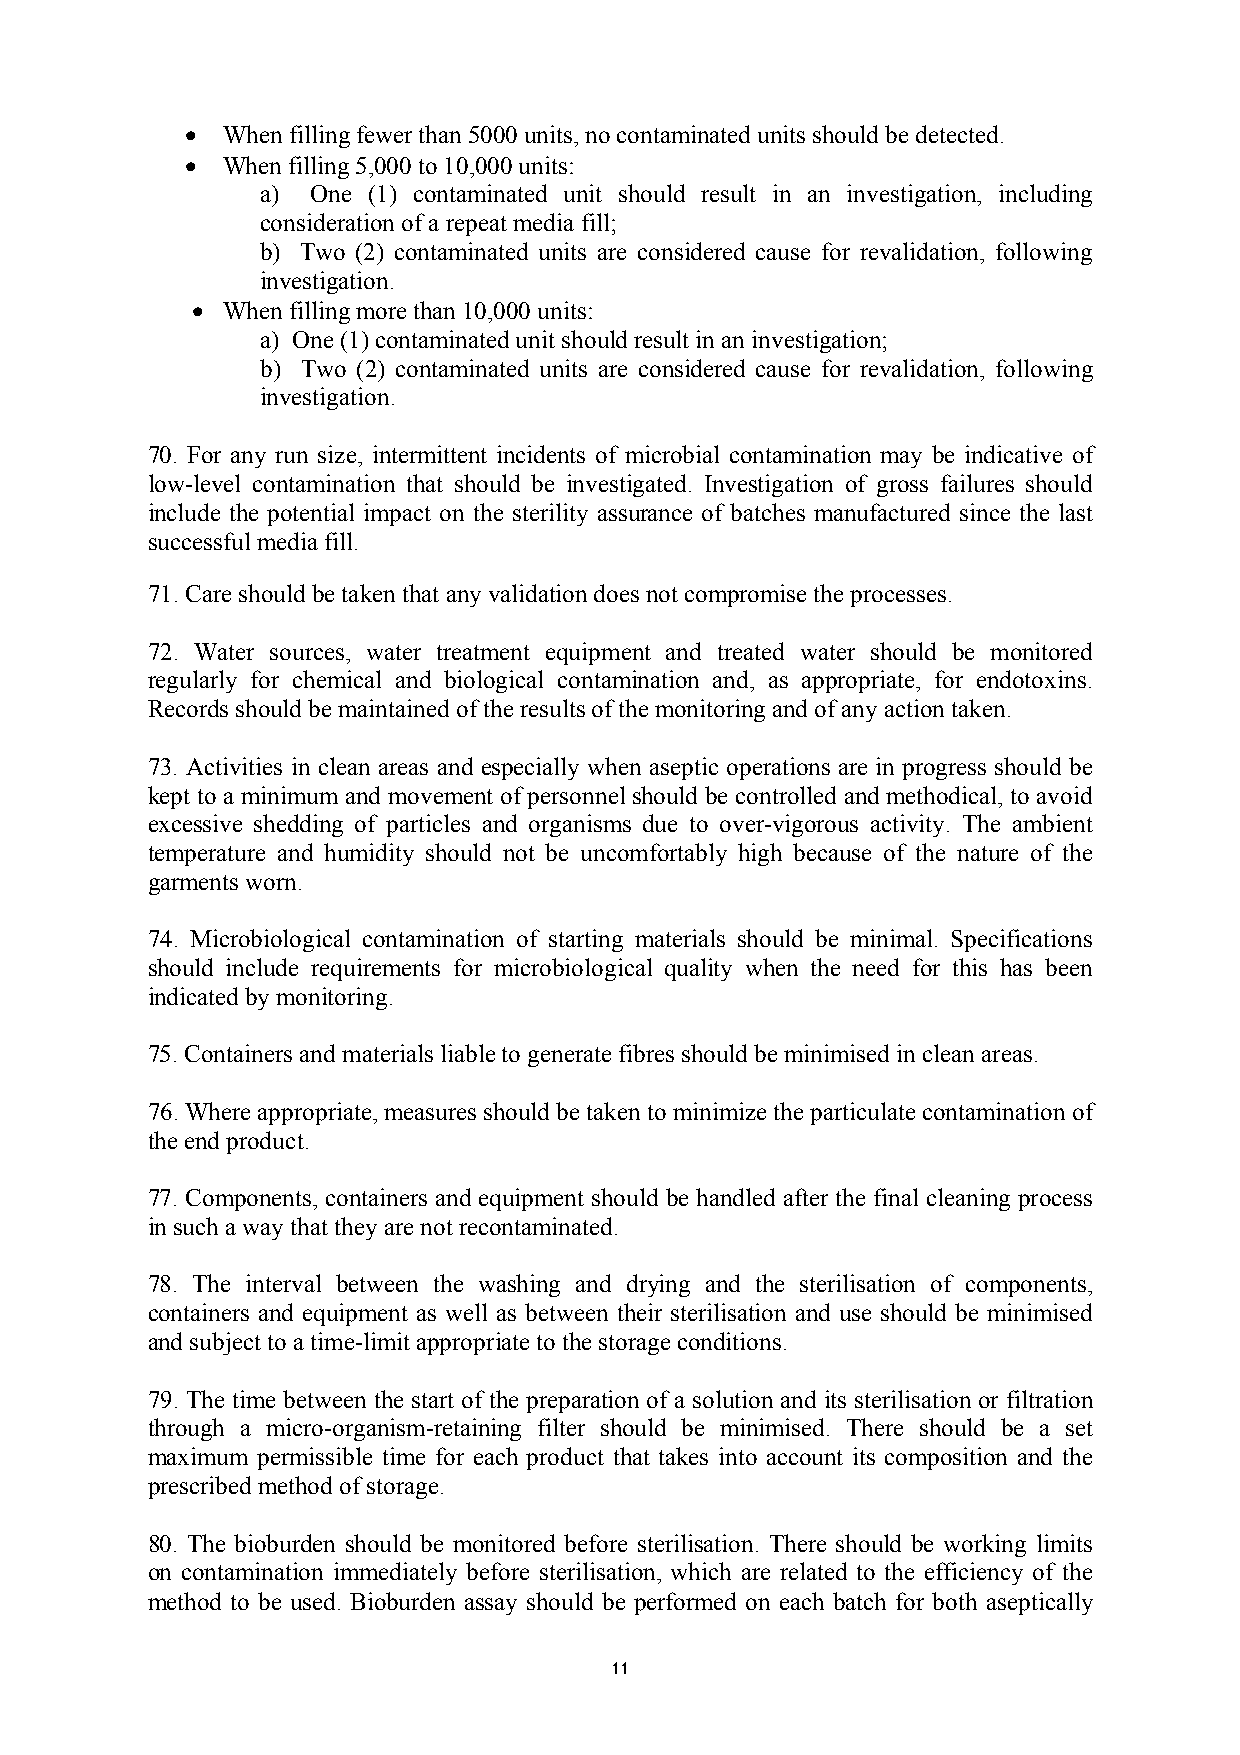
•  When filling fewer than 5000 units, no contaminated units should be detected.
 •  When filling 5,000 to 10,000 units:
 a)  One (1) contaminated unit should result in an investigation, including
 consideration of a repeat media fill;
 b) Two (2) contaminated units are considered cause for revalidation, following
 investigation.
 • When filling more than 10,000 units:
 a) One (1) contaminated unit should result in an investigation;
 b) Two (2) contaminated units are considered cause for revalidation, following
 investigation.
 70. For any run size, intermittent incidents of microbial contamination may be indicative of
 low-level contamination that should be investigated. Investigation of gross failures should
 include the potential impact on the sterility assurance of batches manufactured since the last
 successful media fill.
 71. Care should be taken that any validation does not compromise the processes.
 72. Water sources, water treatment equipment and treated water should be monitored
 regularly for chemical and biological contamination and, as appropriate, for endotoxins.
 Records should be maintained of the results of the monitoring and of any action taken.
 73. Activities in clean areas and especially when aseptic operations are in progress should be
 kept to a minimum and movement of personnel should be controlled and methodical, to avoid
 excessive shedding of particles and organisms due to over-vigorous activity. The ambient
 temperature and humidity should not be uncomfortably high because of the nature of the
 garments worn.
 74. Microbiological contamination of starting materials should be minimal. Specifications
 should include requirements for microbiological quality when the need for this has been
 indicated by monitoring.
 75. Containers and materials liable to generate fibres should be minimised in clean areas.
 76. Where appropriate, measures should be taken to minimize the particulate contamination of
 the end product.
 77. Components, containers and equipment should be handled after the final cleaning process
 in such a way that they are not recontaminated.
 78. The interval between the washing and drying and the sterilisation of components,
 containers and equipment as well as between their sterilisation and use should be minimised
 and subject to a time-limit appropriate to the storage conditions.
 79. The time between the start of the preparation of a solution and its sterilisation or filtration
 through a micro-organism-retaining filter should be minimised. There should be a set
 maximum permissible time for each product that takes into account its composition and the
 prescribed method of storage.
 80. The bioburden should be monitored before sterilisation. There should be working limits
 on contamination immediately before sterilisation, which are related to the efficiency of the
 method to be used. Bioburden assay should be performed on each batch for both aseptically
 11